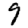
Digit: 9